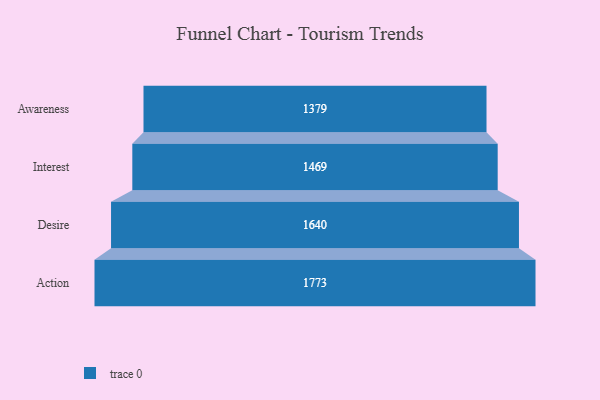
{"axis": {"x": "Stage", "y": "Value"}, "legend": [""], "data": [{"x": "Awareness", "y": 1379.0, "type": ""}, {"x": "Interest", "y": 1469.0, "type": ""}, {"x": "Desire", "y": 1640.0, "type": ""}, {"x": "Action", "y": 1773.0, "type": ""}]}